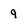
Character: 9